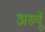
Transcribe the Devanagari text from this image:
अख्यूँ